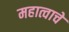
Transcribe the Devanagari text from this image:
महात्वाचे